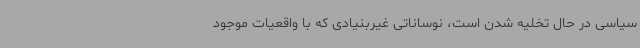
سیاسی در حال تخلیه شدن است، نوساناتی غیربنیادی که با واقعیات موجود